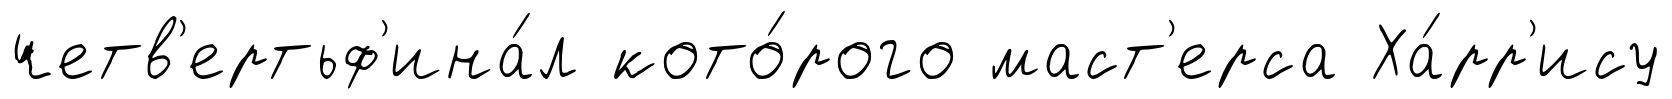
четв'ертьф'ина́л кото́рого маст'ерса Ха́рр'ису